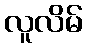
လူလိမ်